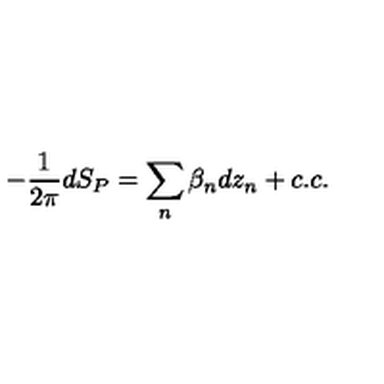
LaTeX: - \frac { 1 } { 2 \pi } d S _ { P } = \sum _ { n } \beta _ { n } d z _ { n } + c . c .